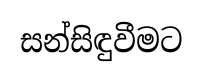
සන්සිඳුවීමට